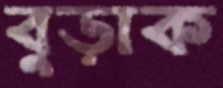
বুড়াক